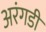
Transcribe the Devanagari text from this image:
अरंगडी